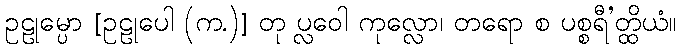
ဥဠုမ္ပော [ဥဠုပေါ (က.)] တု ပ္လဝေါ ကုလ္လော၊ တရော စ ပစ္စရီ’တ္ထိယံ။